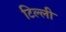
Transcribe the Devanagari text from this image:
टिल्ली